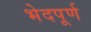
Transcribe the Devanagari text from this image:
भेदपूर्ण